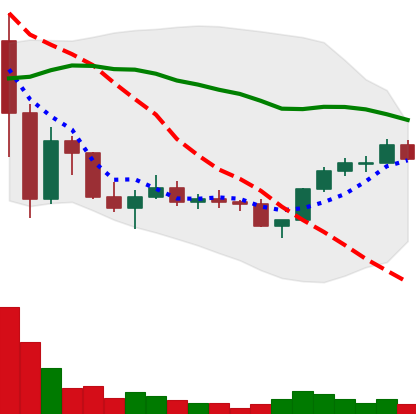
Ticker: LINK-USD
Chart end date: 2022-11-27
Forward return: 10.334%
Label: up_7plus